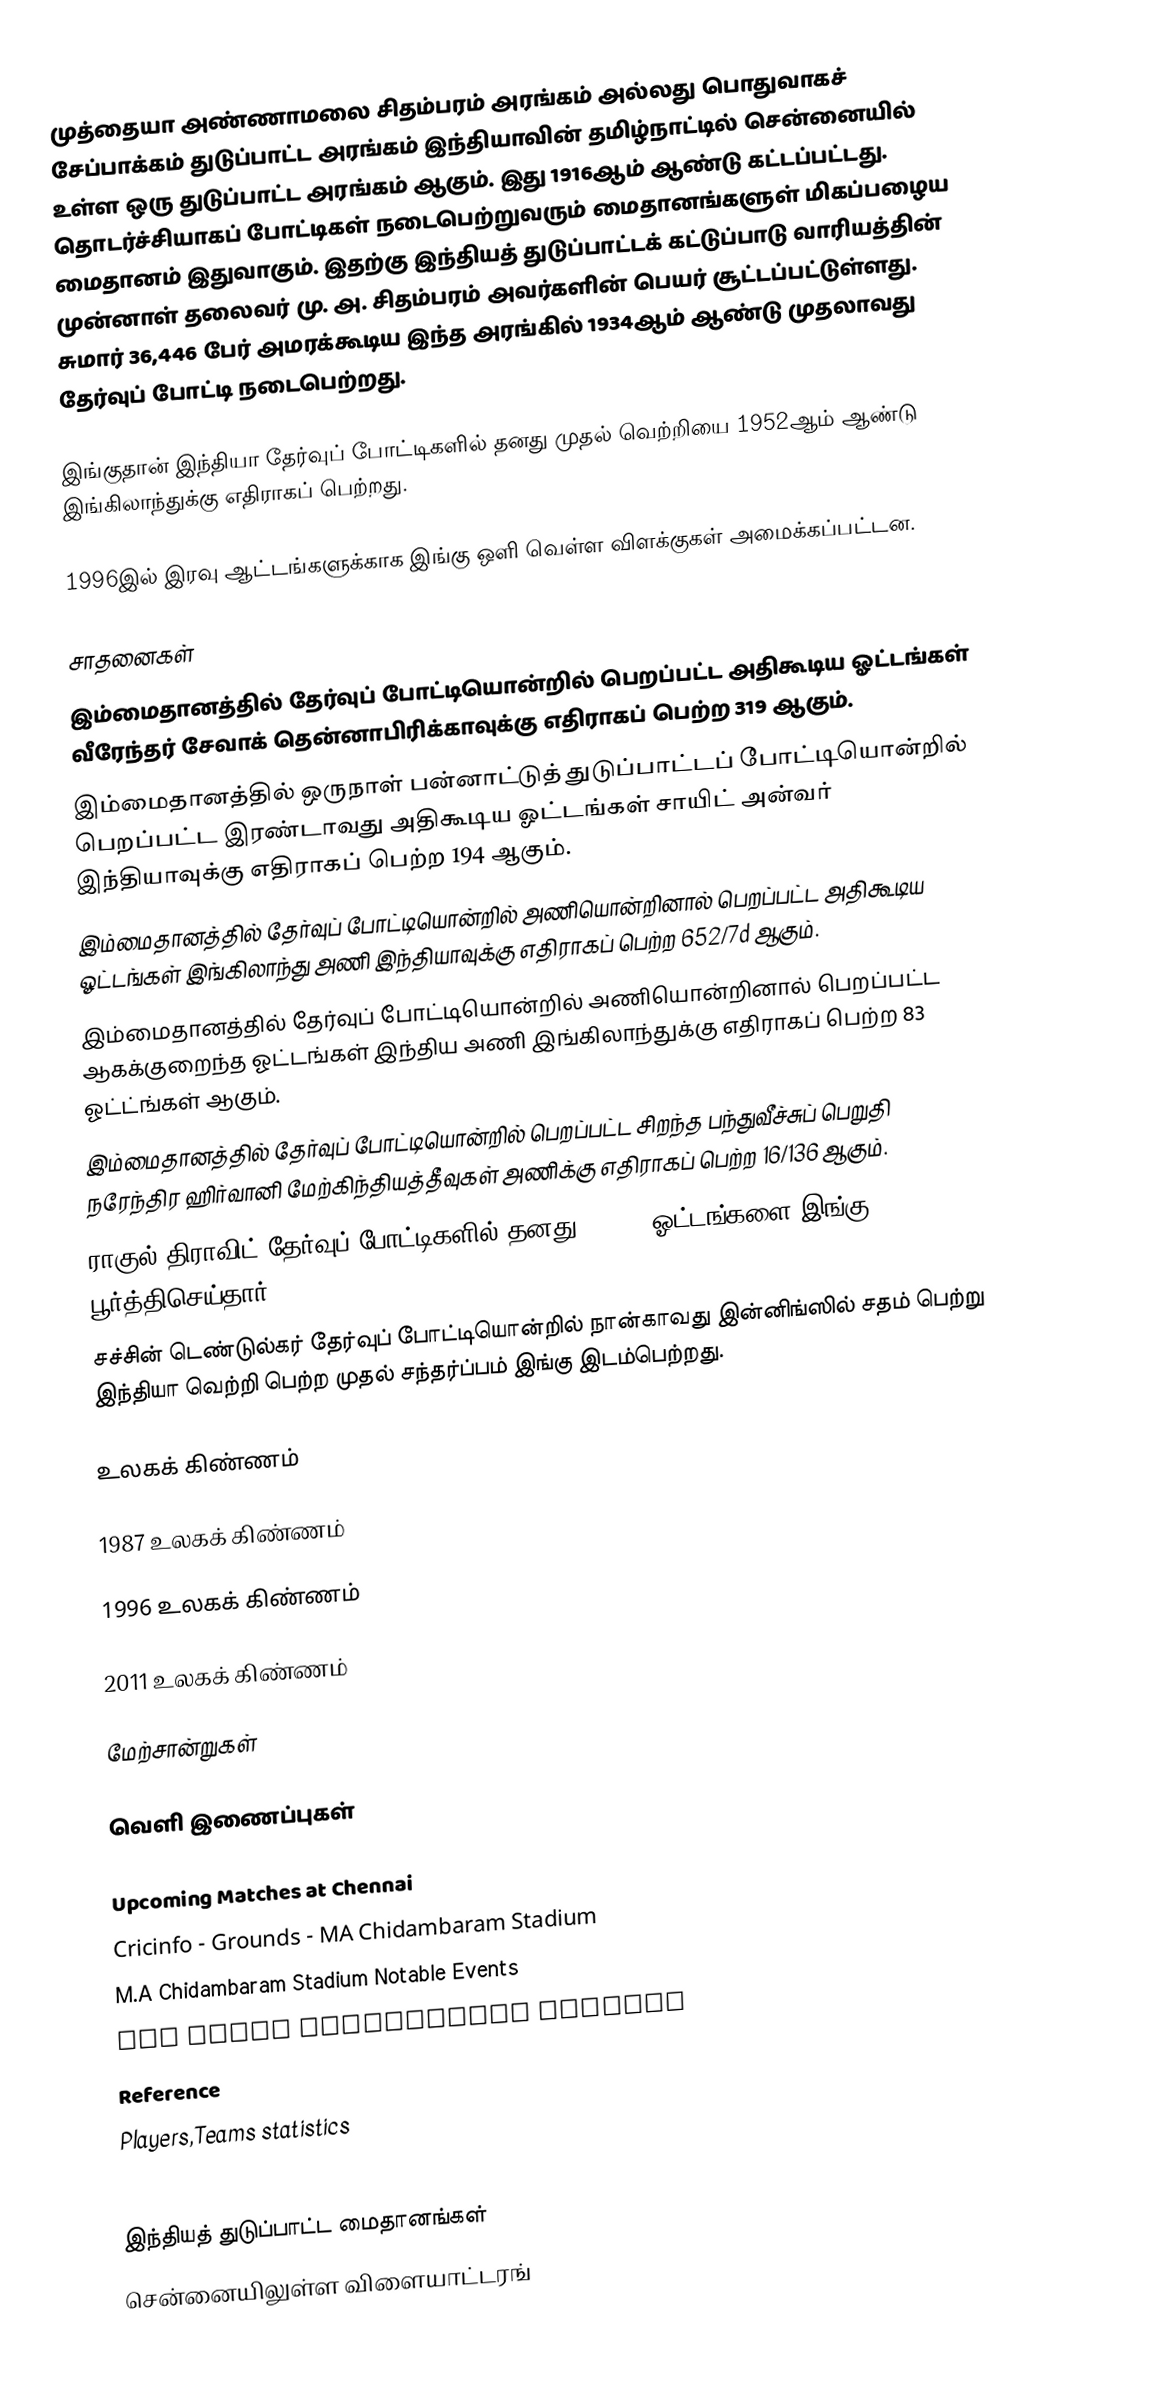
முத்தையா அண்ணாமலை சிதம்பரம் அரங்கம் அல்லது பொதுவாகச் சேப்பாக்கம் துடுப்பாட்ட அரங்கம் இந்தியாவின் தமிழ்நாட்டில் சென்னையில் உள்ள ஒரு துடுப்பாட்ட அரங்கம் ஆகும். இது 1916ஆம் ஆண்டு கட்டப்பட்டது. தொடர்ச்சியாகப் போட்டிகள் நடைபெற்றுவரும் மைதானங்களுள் மிகப்பழைய மைதானம் இதுவாகும். இதற்கு இந்தியத் துடுப்பாட்டக் கட்டுப்பாடு வாரியத்தின் முன்னாள் தலைவர் மு. அ. சிதம்பரம் அவர்களின் பெயர் சூட்டப்பட்டுள்ளது. சுமார் 36,446 பேர் அமரக்கூடிய இந்த அரங்கில் 1934ஆம் ஆண்டு முதலாவது தேர்வுப் போட்டி நடைபெற்றது.

இங்குதான் இந்தியா தேர்வுப் போட்டிகளில் தனது முதல் வெற்றியை 1952ஆம் ஆண்டு இங்கிலாந்துக்கு எதிராகப் பெற்றது.

1996இல் இரவு ஆட்டங்களுக்காக இங்கு ஒளி வெள்ள விளக்குகள் அமைக்கப்பட்டன.

சாதனைகள்
 இம்மைதானத்தில் தேர்வுப் போட்டியொன்றில் பெறப்பட்ட அதிகூடிய ஓட்டங்கள் வீரேந்தர் சேவாக் தென்னாபிரிக்காவுக்கு எதிராகப் பெற்ற 319 ஆகும்.
 இம்மைதானத்தில் ஒருநாள் பன்னாட்டுத் துடுப்பாட்டப் போட்டியொன்றில் பெறப்பட்ட இரண்டாவது அதிகூடிய ஓட்டங்கள் சாயிட் அன்வர் இந்தியாவுக்கு எதிராகப் பெற்ற 194 ஆகும்.
 இம்மைதானத்தில் தேர்வுப் போட்டியொன்றில் அணியொன்றினால் பெறப்பட்ட அதிகூடிய ஓட்டங்கள் இங்கிலாந்து அணி இந்தியாவுக்கு எதிராகப் பெற்ற 652/7d ஆகும்.
 இம்மைதானத்தில் தேர்வுப் போட்டியொன்றில் அணியொன்றினால் பெறப்பட்ட ஆகக்குறைந்த ஓட்டங்கள் இந்திய அணி இங்கிலாந்துக்கு  எதிராகப் பெற்ற 83 ஓட்ட்ங்கள் ஆகும்.
 இம்மைதானத்தில் தேர்வுப் போட்டியொன்றில் பெறப்பட்ட சிறந்த பந்துவீச்சுப் பெறுதி நரேந்திர ஹிர்வானி மேற்கிந்தியத்தீவுகள் அணிக்கு எதிராகப் பெற்ற 16/136 ஆகும்.
 ராகுல் திராவிட் தேர்வுப் போட்டிகளில் தனது 10,000 ஓட்டங்களை இங்கு பூர்த்திசெய்தார்.
 சச்சின் டெண்டுல்கர் தேர்வுப் போட்டியொன்றில் நான்காவது இன்னிங்ஸில் சதம் பெற்று இந்தியா வெற்றி பெற்ற முதல் சந்தர்ப்பம் இங்கு இடம்பெற்றது.

உலகக் கிண்ணம்

1987 உலகக் கிண்ணம்

1996 உலகக் கிண்ணம்

2011 உலகக் கிண்ணம்

மேற்சான்றுகள்

வெளி இணைப்புகள்

Upcoming Matches at Chennai
Cricinfo - Grounds - MA Chidambaram Stadium
M.A Chidambaram Stadium Notable Events
All about Chidambaram stadium
Reference
Players,Teams statistics
Stadium pictures

இந்தியத் துடுப்பாட்ட மைதானங்கள்
சென்னையிலுள்ள விளையாட்டரங்